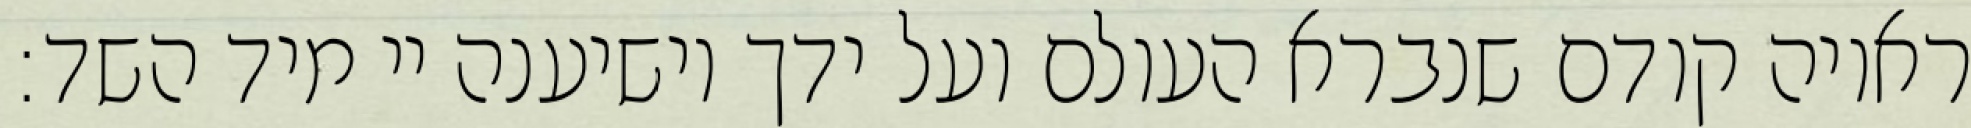
ראויה קודם שנברא העולם ועל ידך יושיענה יי מיד השד: